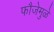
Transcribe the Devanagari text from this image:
फौजेमुळे